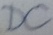
Text: DC